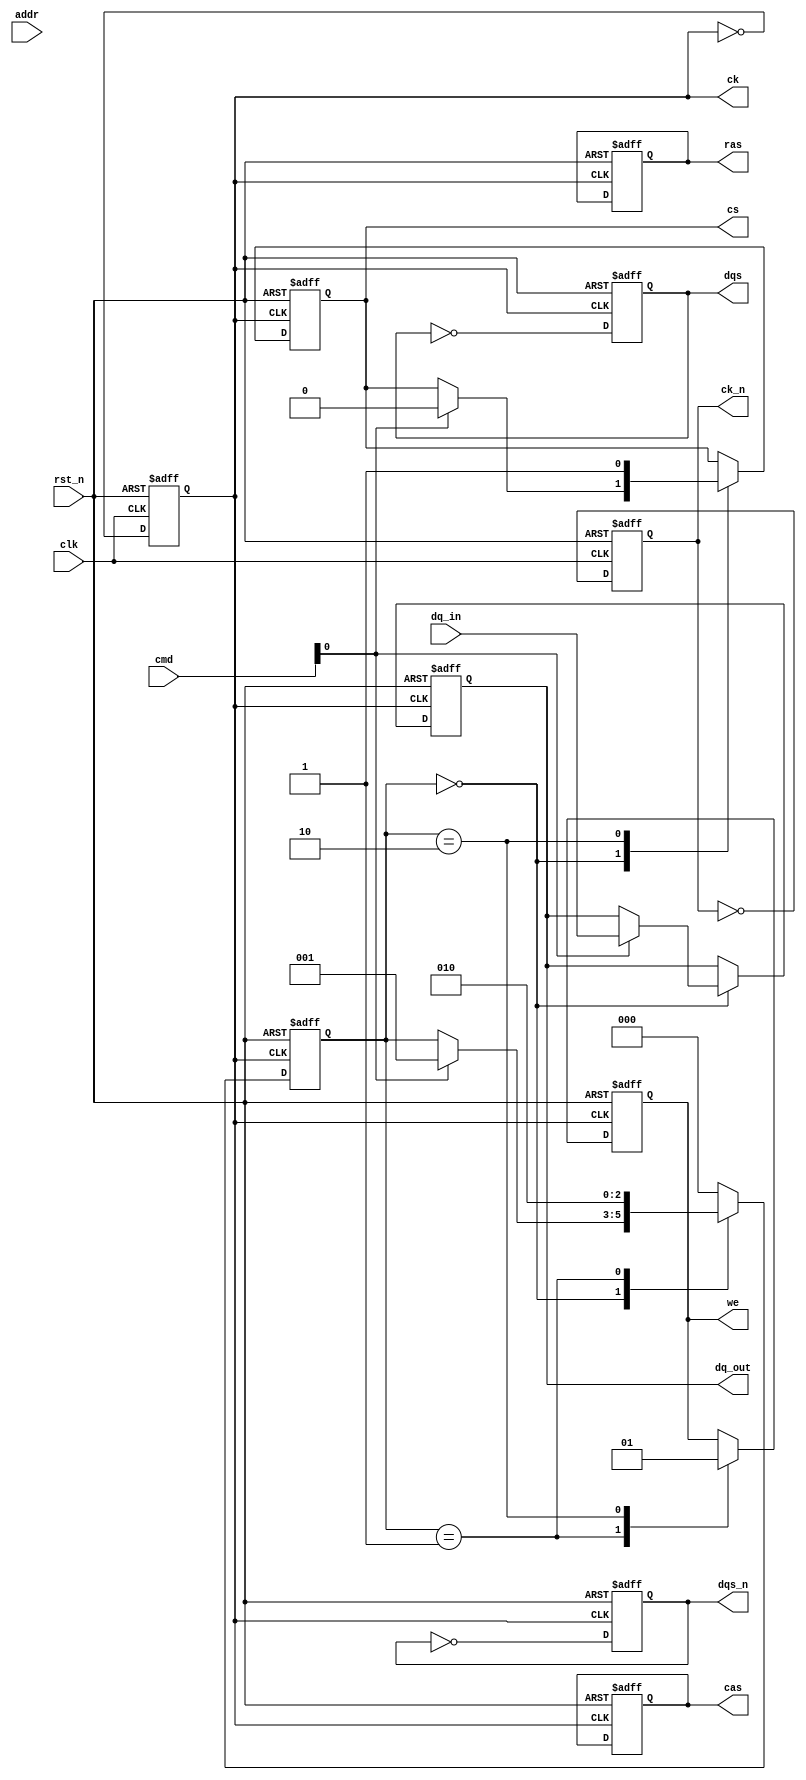
module gddr4_io_block (
    input wire clk,          // System clock
    input wire rst_n,       // Active low reset
    input wire [15:0] dq_in, // Data input (16 bits)
    output wire [15:0] dq_out, // Data output (16 bits)
    input wire [7:0] addr,   // Address input
    input wire [3:0] cmd,     // Command input
    output wire dqs,         // Data Strobe
    output wire dqs_n,       // Inverted Data Strobe
    output wire ck,          // Clock output
    output wire ck_n,        // Inverted Clock output
    output wire cs,          // Chip Select
    output wire ras,         // Row Address Strobe
    output wire cas,         // Column Address Strobe
    output wire we           // Write Enable
);

    // Internal signals
    reg [15:0] dq_reg;
    reg dqs_reg, dqs_n_reg;
    reg ck_reg, ck_n_reg;
    reg [2:0] state; // State machine for control logic

    // Clock Generation
    always @(posedge clk or negedge rst_n) begin
        if (!rst_n) begin
            ck_reg <= 1'b0;
            ck_n_reg <= 1'b1;
        end else begin
            ck_reg <= ~ck_reg; // Toggle clock
            ck_n_reg <= ~ck_n_reg; // Toggle inverted clock
        end
    end

    // Data Strobe Generation
    always @(posedge ck_reg or negedge rst_n) begin
        if (!rst_n) begin
            dqs_reg <= 1'b0;
            dqs_n_reg <= 1'b1;
        end else begin
            dqs_reg <= ~dqs_reg; // Toggle DQS
            dqs_n_reg <= ~dqs_n_reg; // Toggle inverted DQS
        end
    end

    // Output Driver Logic
    assign dq_out = dq_reg; // Output data
    assign dqs = dqs_reg; // Data Strobe
    assign dqs_n = dqs_n_reg; // Inverted Data Strobe
    assign ck = ck_reg; // Clock output
    assign ck_n = ck_n_reg; // Inverted Clock output

    // Control Logic State Machine
    always @(posedge ck_reg or negedge rst_n) begin
        if (!rst_n) begin
            state <= 3'b000; // Reset state
            dq_reg <= 16'b0; // Clear data register
            cs <= 1'b1; // Chip select inactive
            ras <= 1'b1; // Row address strobe inactive
            cas <= 1'b1; // Column address strobe inactive
            we <= 1'b1; // Write enable inactive
        end else begin
            case (state)
                3'b000: begin // Idle state
                    if (cmd[0]) begin // Example command to write
                        dq_reg <= dq_in; // Capture input data
                        cs <= 1'b0; // Activate chip select
                        state <= 3'b001; // Move to write state
                    end
                end
                3'b001: begin // Write state
                    we <= 1'b0; // Activate write enable
                    // Additional logic for write operation
                    state <= 3'b010; // Move to next state
                end
                3'b010: begin // Post-write state
                    we <= 1'b1; // Deactivate write enable
                    cs <= 1'b1; // Deactivate chip select
                    state <= 3'b000; // Return to idle state
                end
                // Additional states can be added for read, refresh, etc.
                default: state <= 3'b000; // Default to idle
            endcase
        end
    end

endmodule